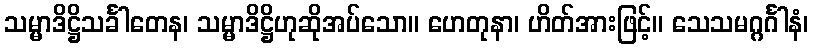
သမ္မာဒိဋ္ဌိသင်္ခါတေန၊ သမ္မာဒိဋ္ဌိဟုဆိုအပ်သော။ ဟေတုနာ၊ ဟိတ်အားဖြင့်။ သေသမဂ္ဂင်္ဂါနံ၊